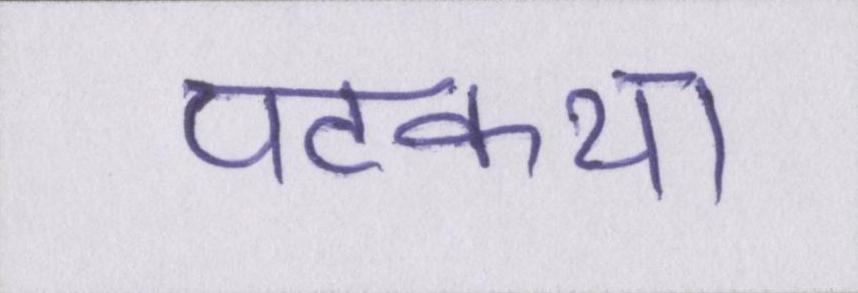
पटकथा